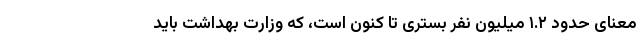
معنای حدود ۱.۲ میلیون نفر بستری تا کنون است، که وزارت بهداشت باید